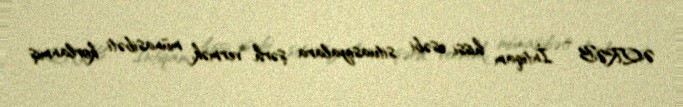
ƏQRƏB - İntiqam hissi, əsəbi situasiyalara şərh vermək, münasibəti korlanmış